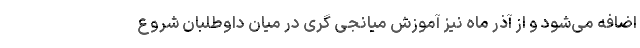
اضافه می‌شود و از آذر ماه نیز آموزش میانجی گری در میان داوطلبان شروع